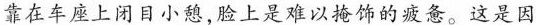
靠在车座上闭目小憩，脸上是难以掩饰的疲惫。这是因